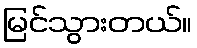
မြင်သွားတယ်။